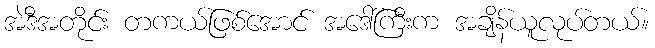
အဲဒီအတိုင်း တကယ်ဖြစ်အောင် အဒေါ်ကြီးက အချိန်ယူလုပ်တယ်။